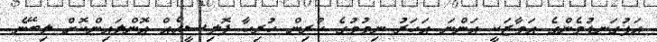
އަޅުގަނޑުމެންގެ އަމާޒަކީ އަންނަ އަހަރު ނިމުމުގެ ކުރިން ހުރިހާ ޕޮލިސީއެއް އޮންލައިންކޮށް ލިބޭނެ